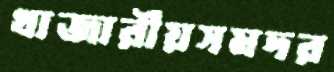
খাজারীয়সমদর